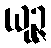
ယုဉ္ဇ